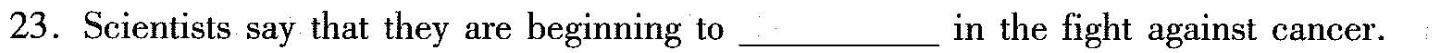
23.Scientists say that they are beginning to in the fight against cancer.